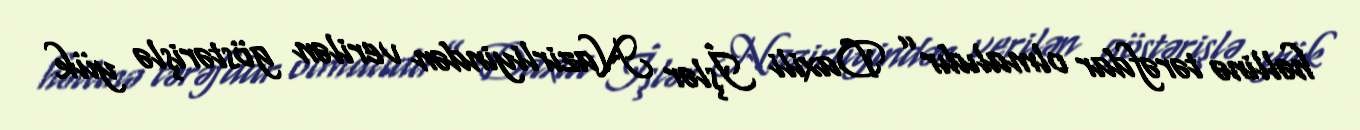
həllinə tərəfdar olmalıdır” Daxili İşlər Nazirliyindən verilən göstərişlə yük